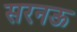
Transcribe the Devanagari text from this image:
सरनऊ